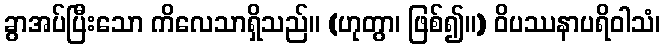
ခွာအပ်ပြီးသော ကိလေသာရှိသည်။ (ဟုတွာ၊ ဖြစ်၍။) ဝိပဿနာပရိဝါသံ၊